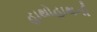
હાથોહાથની